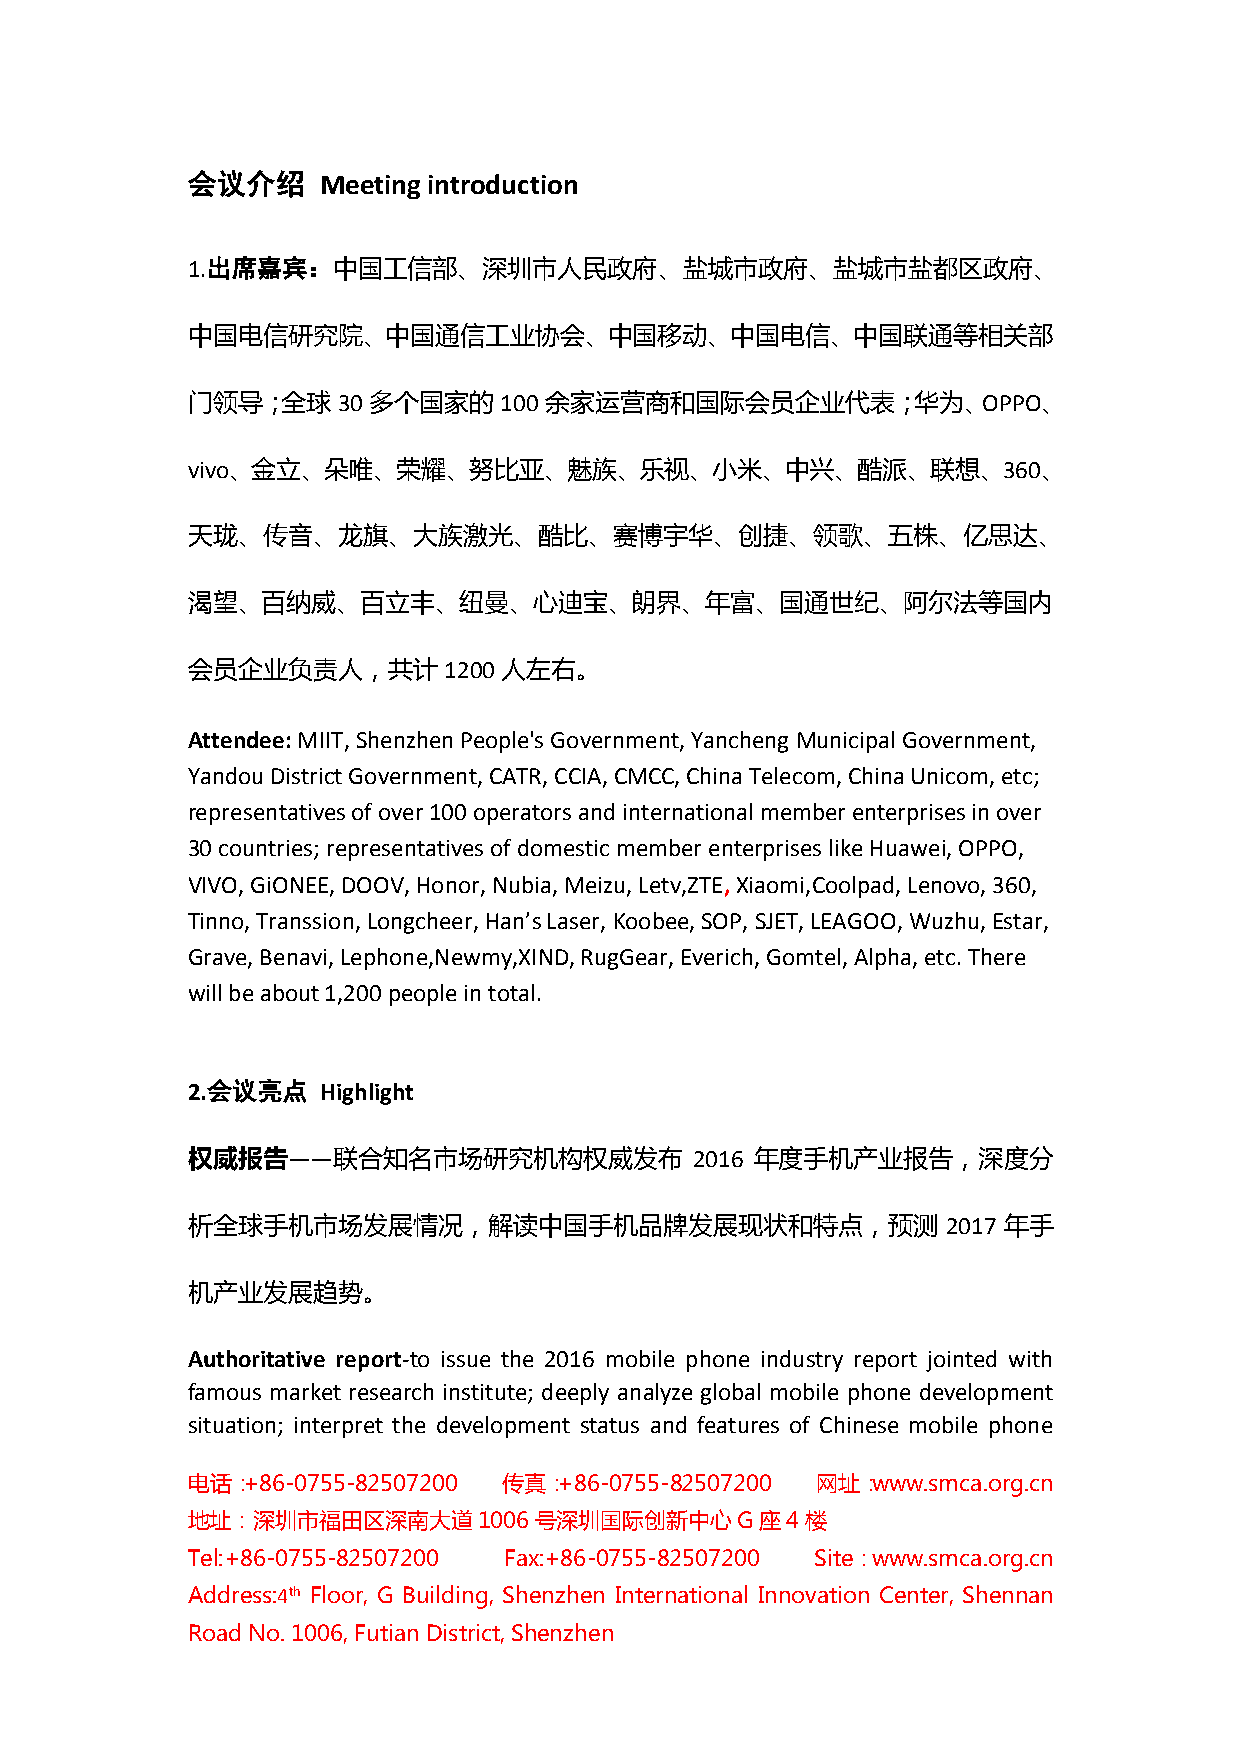
会议介绍     Meeting introduction
 1.出席嘉宾：中国工信部、深圳市人民政府、盐城市政府、盐城市盐都区政府、
 中国电信研究院、中国通信工业协会、中国移动、中国电信、中国联通等相关部
 门领导；全球    30 多个国家的   100 余家运营商和国际会员企业代表；华为、OPPO、
 vivo、金立、朵唯、荣耀、努比亚、魅族、乐视、小米、中兴、酷派、联想、360、
 天珑、传音、龙旗、大族激光、酷比、赛博宇华、创捷、领歌、五株、亿思达、
 渴望、百纳威、百立丰、纽曼、心迪宝、朗界、年富、国通世纪、阿尔法等国内
 会员企业负责人，共计       1200 人左右。
 Attendee: MIIT, Shenzhen People's Government, Yancheng Municipal Government,
 Yandou District Government, CATR, CCIA, CMCC, China Telecom, China Unicom, etc;
 representatives of over 100 operators and international member enterprises in over
 30 countries; representatives of domestic member enterprises like Huawei, OPPO,
 VIVO, GiONEE, DOOV, Honor, Nubia, Meizu, Letv,ZTE, Xiaomi,Coolpad, Lenovo, 360,
 Tinno, Transsion, Longcheer, Han’s Laser, Koobee, SOP, SJET, LEAGOO, Wuzhu, Estar,
 Grave, Benavi, Lephone,Newmy,XIND, RugGear, Everich, Gomtel, Alpha, etc. There
 will be about 1,200 people in total.
 2.会议亮点   Highlight
 权威报告——联合知名市场研究机构权威发布              2016 年度手机产业报告，深度分
 析全球手机市场发展情况，解读中国手机品牌发展现状和特点，预测                     2017 年手
 机产业发展趋势。
 Authoritative report-to issue the 2016 mobile phone industry report jointed with
 famous market research institute; deeply analyze global mobile phone development
 situation; interpret the development status and features of Chinese mobile phone
 电话：+86-0755-82507200 传真：+86-0755-82507200 网址：www.smca.org.cn
 地址：深圳市福田区深南大道1006号深圳国际创新中心G座4楼
 Tel:+86-0755-82507200 Fax:+86-0755-82507200 Site：www.smca.org.cn
 Address:4th Floor, G Building, Shenzhen International Innovation Center, Shennan
 Road No. 1006, Futian District, Shenzhen